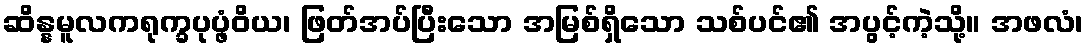
ဆိန္နမူလကရုက္ခပုပ္ဖံဝိယ၊ ဖြတ်အပ်ပြီးသော အမြစ်ရှိသော သစ်ပင်၏ အပွင့်ကဲ့သို့။ အဖလံ၊